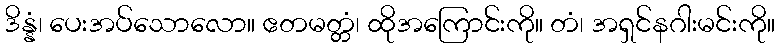
ဒိန္နံ၊ ပေးအပ်သောလော။ ဧတမတ္တံ၊ ထိုအကြောင်းကို။ တံ၊ အရှင်နဂါးမင်းကို။